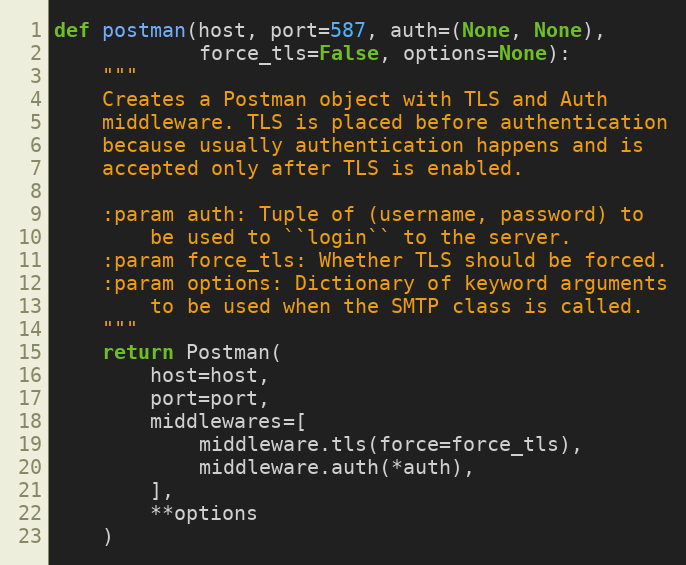
Language: Python
def postman(host, port=587, auth=(None, None),
            force_tls=False, options=None):
    """
    Creates a Postman object with TLS and Auth
    middleware. TLS is placed before authentication
    because usually authentication happens and is
    accepted only after TLS is enabled.

    :param auth: Tuple of (username, password) to
        be used to ``login`` to the server.
    :param force_tls: Whether TLS should be forced.
    :param options: Dictionary of keyword arguments
        to be used when the SMTP class is called.
    """
    return Postman(
        host=host,
        port=port,
        middlewares=[
            middleware.tls(force=force_tls),
            middleware.auth(*auth),
        ],
        **options
    )